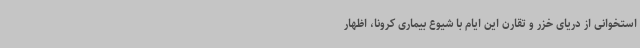
استخوانی از دریای خزر و تقارن این ایام با شیوع بیماری کرونا، اظهار